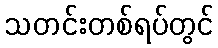
သတင်းတစ်ရပ်တွင်